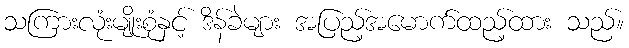
သကြားလုံးမျိုးစုံနှင့် ဒိန်ခဲများ အပြည့်အမောက်ထည့်ထား သည်။